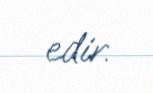
edir.